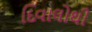
દિવાલોથી